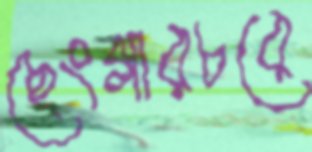
ছেংগারচরে